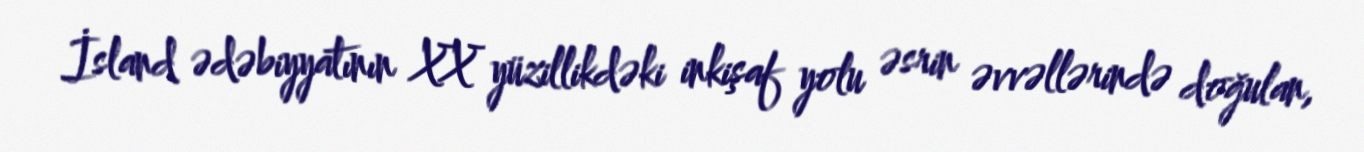
İsland ədəbiyyatının XX yüzillikdəki inkişaf yolu əsrin əvvəllərində doğulan,